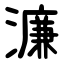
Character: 濂